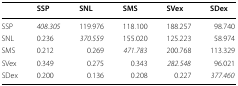
|  | SSP | SNL | SMS | SVex | SDex |
 | --- | --- | --- | --- | --- | --- |
 | SSP | 408.305 | 119.976 | 118.100 | 188.257 | 98.740 |
 | SNL | 0.236 | 370.559 | 155.020 | 125.223 | 58.974 |
 | SMS | 0.212 | 0.269 | 471.783 | 200.768 | 113.329 |
 | SVex | 0.349 | 0.275 | 0.343 | 282.548 | 96.021 |
 | SDex | 0.200 | 0.136 | 0.208 | 0.227 | 377.460 |